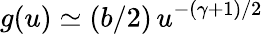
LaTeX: g(u)\simeq(b/2)\, u^{-(\gamma+1)/2}